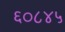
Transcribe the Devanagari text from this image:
६०८४५